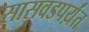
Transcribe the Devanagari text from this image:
सासवडपर्य़ंत